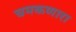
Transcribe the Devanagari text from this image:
चमकणारा